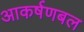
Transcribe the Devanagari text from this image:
आकर्षणबल